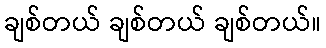
ချစ်တယ် ချစ်တယ် ချစ်တယ်။